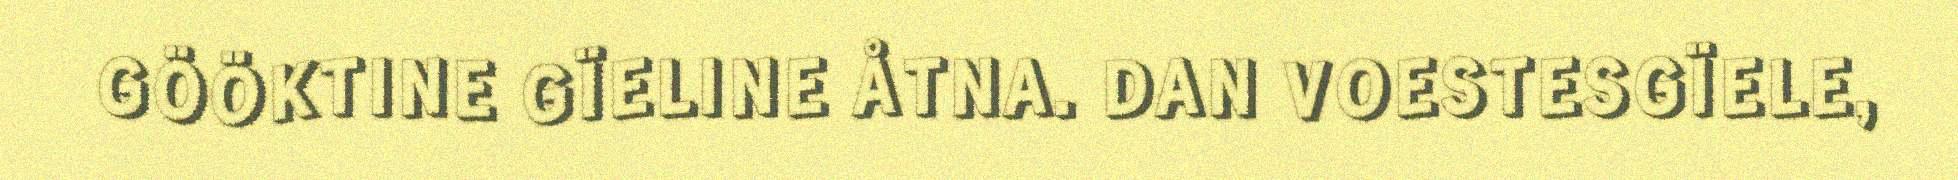
GÖÖKTINE GÏELINE ÅTNA. DAN VOESTESGÏELE,